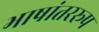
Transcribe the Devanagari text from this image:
भाषांतररूप